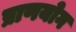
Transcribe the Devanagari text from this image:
प्राणयोग